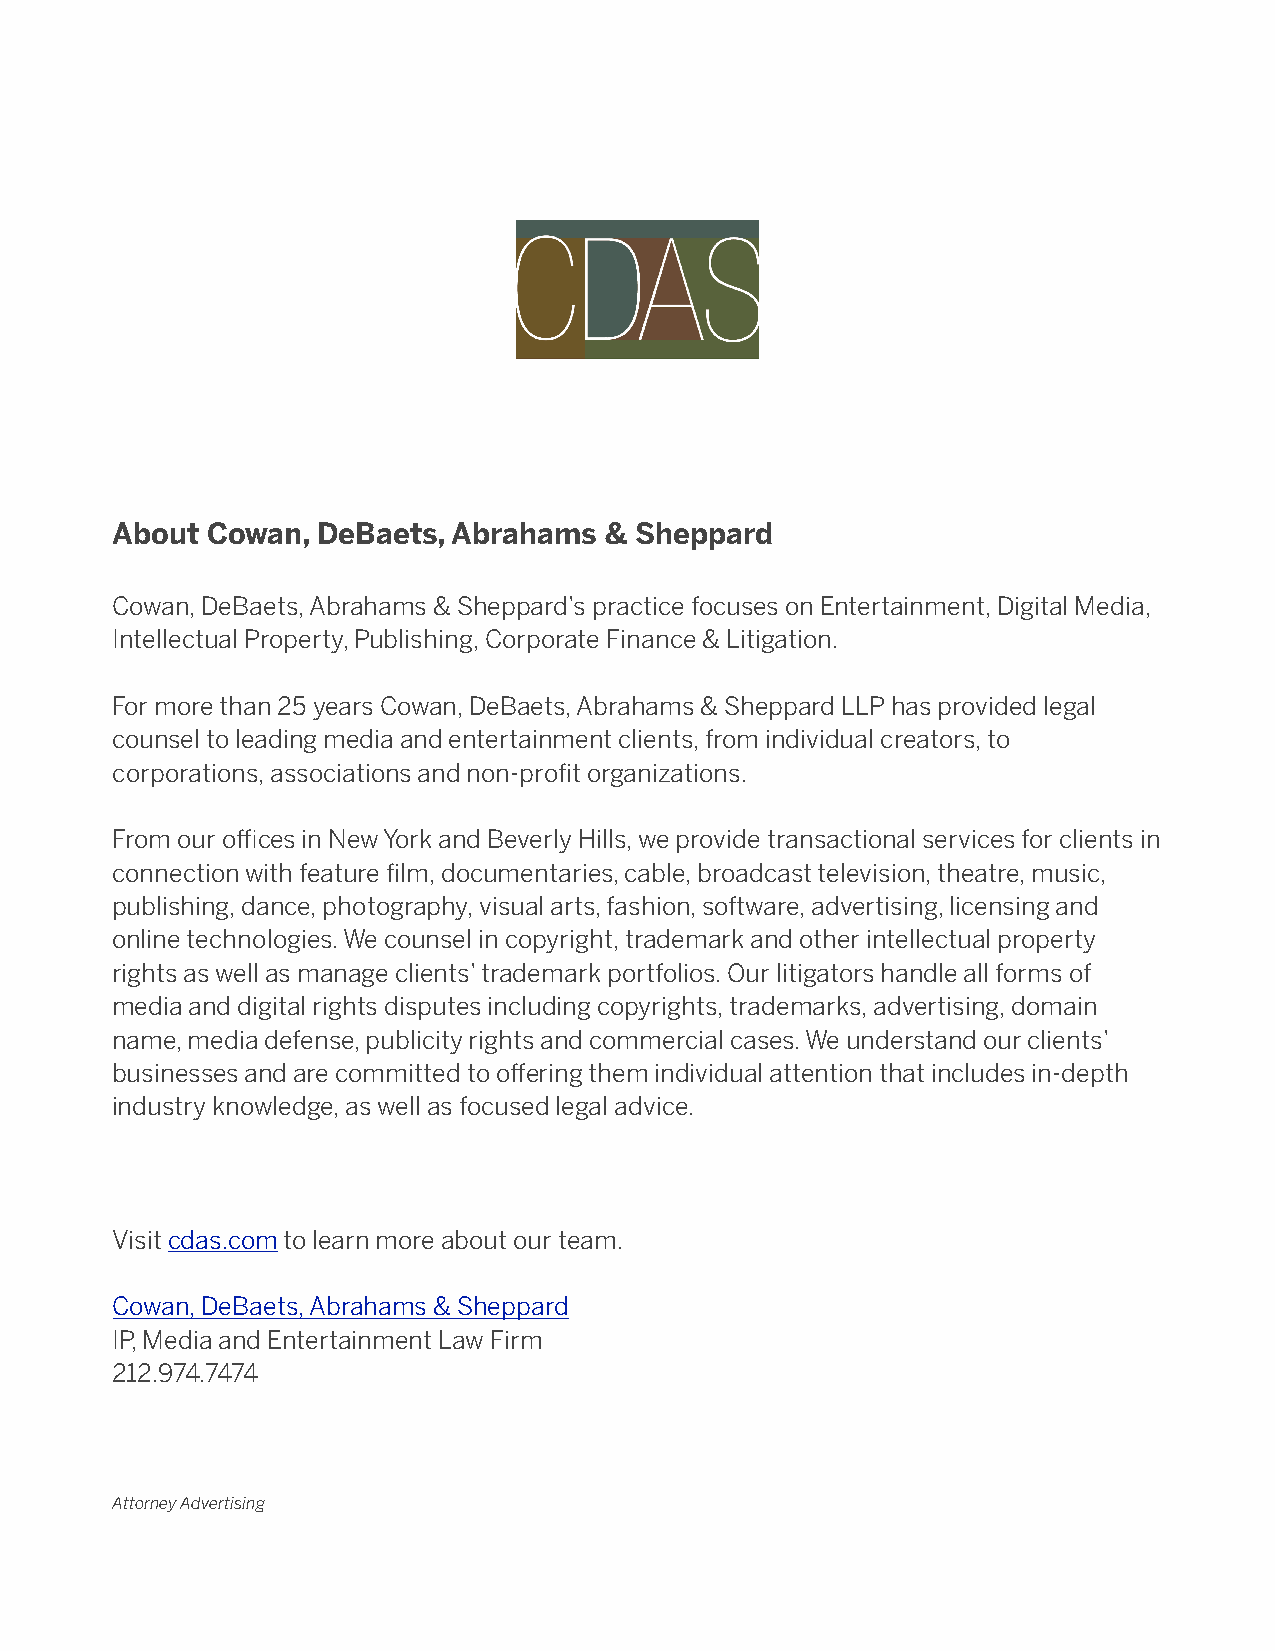
About  Cowan, DeBaets, Abrahams  & Sheppard
 Cowan, DeBaets, Abrahams & Sheppard’s practice focuses on Entertainment, Digital Media,
 Intellectual Property, Publishing, Corporate Finance & Litigation.
 For more than 25 years Cowan, DeBaets, Abrahams & Sheppard LLP has provided legal
 counsel to leading media and entertainment clients, from individual creators, to
 corporations, associations and non-profit organizations.
 From our offices in New York and Beverly Hills, we provide transactional services for clients in
 connection with feature film, documentaries, cable, broadcast television, theatre, music,
 publishing, dance, photography, visual arts, fashion, software, advertising, licensing and
 online technologies. We counsel in copyright, trademark and other intellectual property
 rights as well as manage clients’ trademark portfolios. Our litigators handle all forms of
 media and digital rights disputes including copyrights, trademarks, advertising, domain
 name, media defense, publicity rights and commercial cases. We understand our clients’
 businesses and are committed to offering them individual attention that includes in-depth
 industry knowledge, as well as focused legal advice.
 Visit cdas.com to learn more about our team.
 Cowan, DeBaets, Abrahams & Sheppard
 IP, Media and Entertainment Law Firm
 212.974.7474
 Attorney Advertising